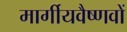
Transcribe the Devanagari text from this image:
मार्गीयवैष्णवों